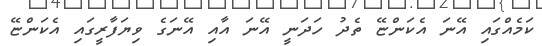
ކަމެއްގައި އޭނަ އެކަންޏޭ ތެދު ހަދަނީ އޭނަ އާއި އޭނަގެ ވިޔަފާރީގައި އެކަންޏޭ